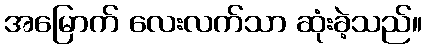
အမြောက် လေးလက်သာ ဆုံးခဲ့သည်။